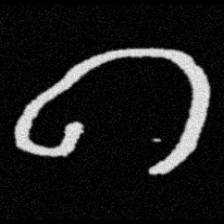
Pyu character \u2014 Myanmar letter: ဂ (romanized: ga)